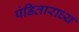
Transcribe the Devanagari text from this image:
पंडिताराध्य